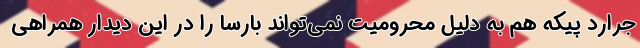
جرارد پیکه هم به دلیل محرومیت نمی‌تواند بارسا را در این دیدار همراهی